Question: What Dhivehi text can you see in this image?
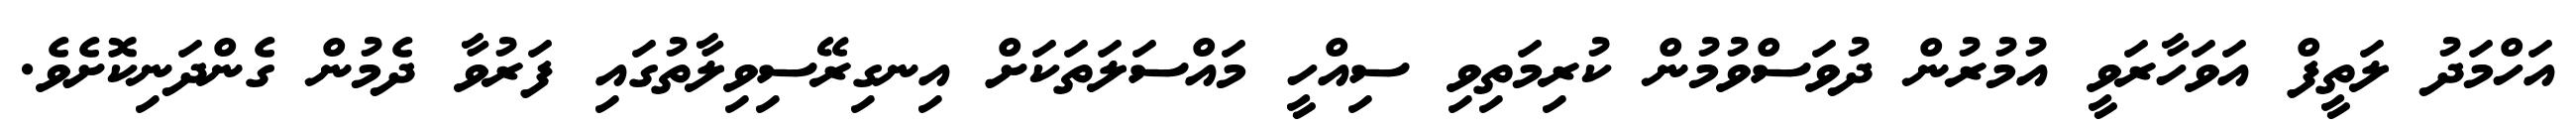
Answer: އަހްމަދު ލަތީފް އަވަހާރަވީ އުމުރުން ދުވަސްވުމުން ކުރިމަތިވި ސިއްހީ މައްސަލަތަކަށް އިނގިރޭސިވިލާތުގައި ފަރުވާ ދެމުން ގެންދަނިކޮށެވެ.